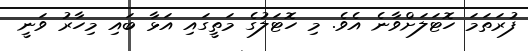
ފުރަތަމަ ހޮޓަލަށްވާނެ އެވެ. މި ހޮޓަލުގެ މަތީގައި އަޅާ ބައި މިހާރު ވަނީ